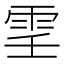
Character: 𩂐